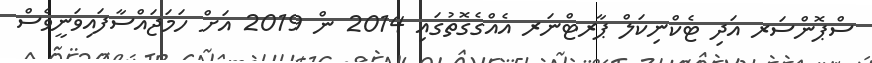
ސްޕޮންސަރ އަދި ޓެކްނިކަލް ޕާރޓްނަރ އެއްގެގޮތުގައި 2014 ން 2019 އަށް ހަމަޖައްސާފައިވަނީވެސް